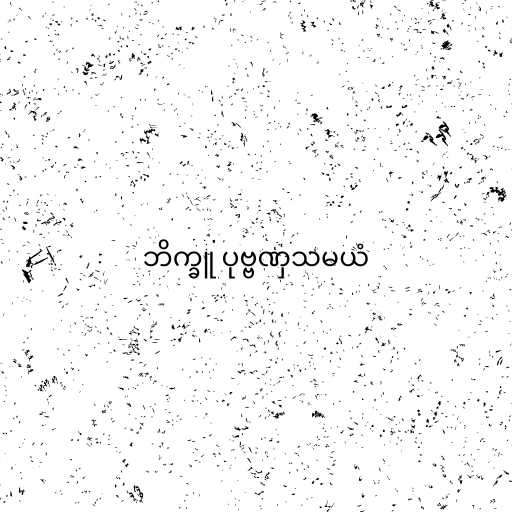
ဘိက္ခူ ပုဗ္ဗဏှသမယံ